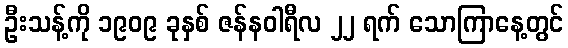
ဦးသန့်ကို ၁၉၀၉ ခုနှစ် ဇန်နဝါရီလ ၂၂ ရက် သောကြာနေ့တွင်